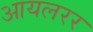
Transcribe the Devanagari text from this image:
आयलरर